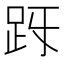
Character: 𧿓